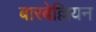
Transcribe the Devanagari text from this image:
बारबेल्लियन